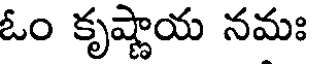
ఓం కృష్ణాయ నమః